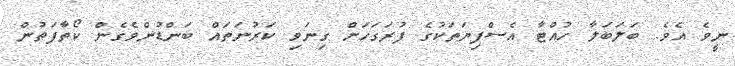
ނީވެ އެވެ. ބަލަބަލާ ހުއްޓާ އެސްފިޔަތަކުގެ ފުރަގަހަށް ގިނަވި ކަރުނަތައް ބަންޑުންވެގެން ކޯތާފަތުން